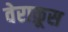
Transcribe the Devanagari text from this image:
वेराक्रूस